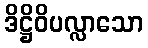
ဒိဋ္ဌိဝိပလ္လာသော